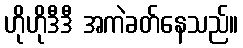
ဟိုဟိုဒီဒီ အကဲခတ်နေသည်။